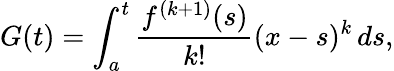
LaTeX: G(t)=\int_{a}^{t}{\frac{f^{(k+1)}(s)}{k!}}(x-s)^{k}\, ds,